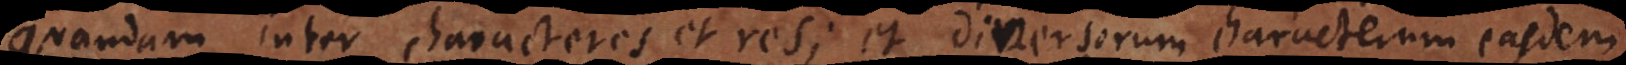
quandam inter characteres et res; et diversorum characterum easdem